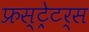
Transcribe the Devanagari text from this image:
फ्रस्ट्रेटर्स